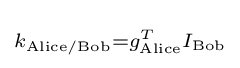
\scriptstyle k_{\mathrm {Alice/Bob} }=g_{\mathrm {Alice} }^{T}I_{\mathrm {Bob} }